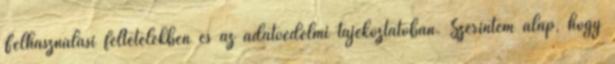
Felhasználási feltételekben és az adatvédelmi tájékoztatóban. Szerintem alap, hogy